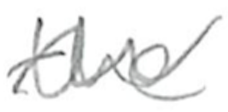
Text: the
Cross-out: wave
Writing tool: pencil